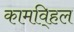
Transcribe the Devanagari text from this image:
कामवि्हल